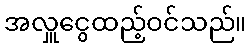
အလှူငွေထည့်ဝင်သည်။